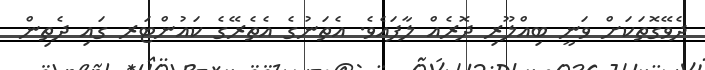
ދެވޭގޮތަކަށް ވަނީ ބިއްލޫރި ދޮރެއް ލާފައެވެ. އެތަނުގެ އެތެރޭގެ ކައުންޓަރ ގައި ދެތިން